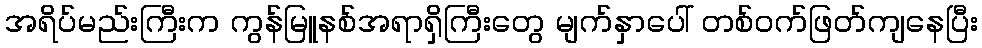
အရိပ်မည်းကြီးက ကွန်မြူနစ်အရာရှိကြီးတွေ မျက်နှာပေါ် တစ်ဝက်ဖြတ်ကျနေပြီး